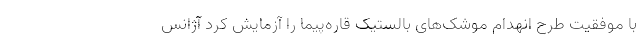
با موفقیت طرح انهدام موشک‌های بالستیک قاره‌پیما را آزمایش کرد آژانس